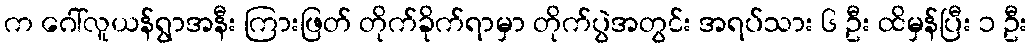
က ဂေါ်လူယန်ရွာအနီး ကြားဖြတ် တိုက်ခိုက်ရာမှာ တိုက်ပွဲအတွင်း အရပ်သား ၆ ဦး ထိမှန်ပြီး ၁ ဦး